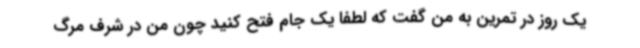
یک روز در تمرین به من گفت که لطفا یک جام فتح کنید چون من در شرف مرگ